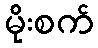
မိုးစက်